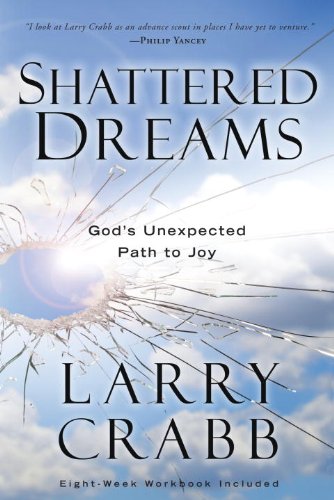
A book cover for Shattered Dreams: God's Unexpected Path to Joy; Larry Crabb; Christian Books & Bibles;